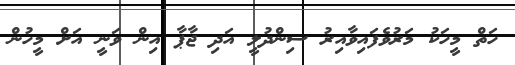
ހަތް މީހަކު މަރުވެފައިވާއިރު ސިންދުލީ އަދި ޖާޕާ އިން ވަނީ އަށް މީހުން